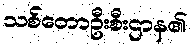
သစ်တောဦးစီးဌာန၏